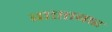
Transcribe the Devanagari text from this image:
बाएतबार